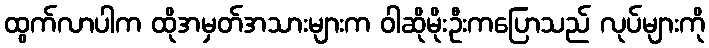
ထွက်လာပါက ထိုအမှတ်အသားများက ဝါဆိုမိုးဦးကပြောသည် လုပ်များကို